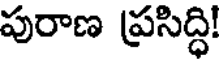
పురాణ ప్రసిద్ధి!